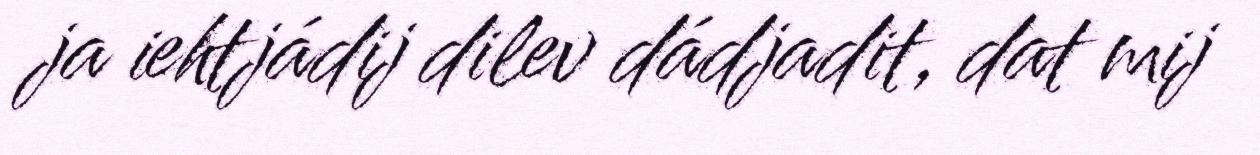
ja iehtjádij dilev dádjadit, dat mij